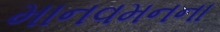
માનવમનના